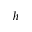
h